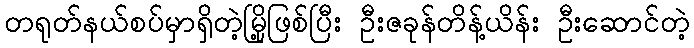
တရုတ်နယ်စပ်မှာရှိတဲ့မြို့ဖြစ်ပြီး ဦးဇခုန်တိန့်ယိန်း ဦးဆောင်တဲ့